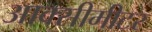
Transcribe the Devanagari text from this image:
आक्सीमीटर